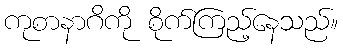
ကုစာနာဂိကို စိုက်ကြည့်နေသည်။